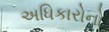
અધિકારોનો